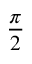
\frac { \pi } { 2 }